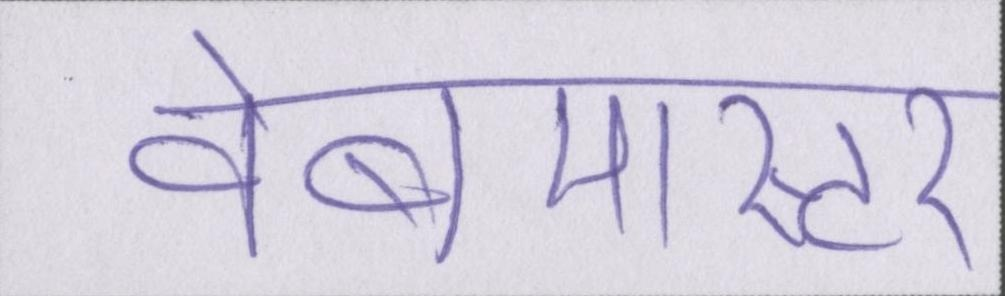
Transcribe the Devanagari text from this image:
वेबमास्टर